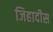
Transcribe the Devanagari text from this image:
जिहादीस